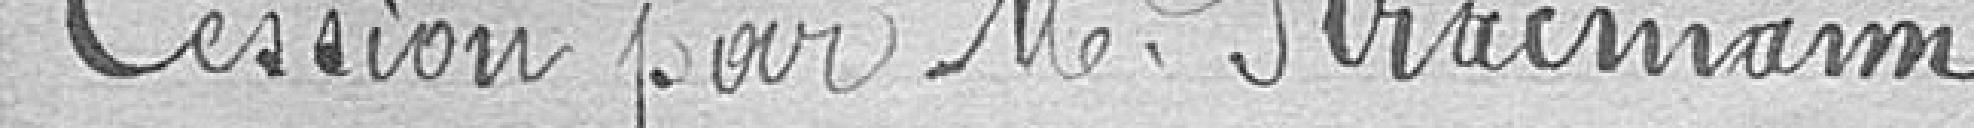
Cession par monsieur Stractman